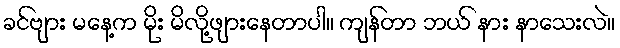
ခင်ဗျား မနေ့က မိုး မိလို့ဖျားနေတာပါ။ ကျန်တာ ဘယ် နား နာသေးလဲ။